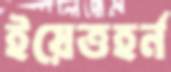
ইয়েত্তহর্ন